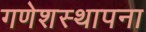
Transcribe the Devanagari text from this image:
गणेशस्थापना